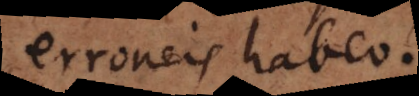
erroneis habeo.